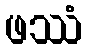
ဖဿံ